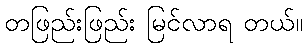
တဖြည်းဖြည်း မြင်လာရ တယ်။